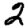
Digit: 2